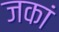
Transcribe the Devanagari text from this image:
जकां